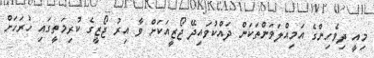
މިއީ ދިވެހިންގެ އަމިއްލަވަންތަކަން ދައްކުވައިދޭ ޖޯޒީއަކަށް ވާ އިރު ޖޯޒީގެ ކުރިމަތީގައި ހުރަހަށް